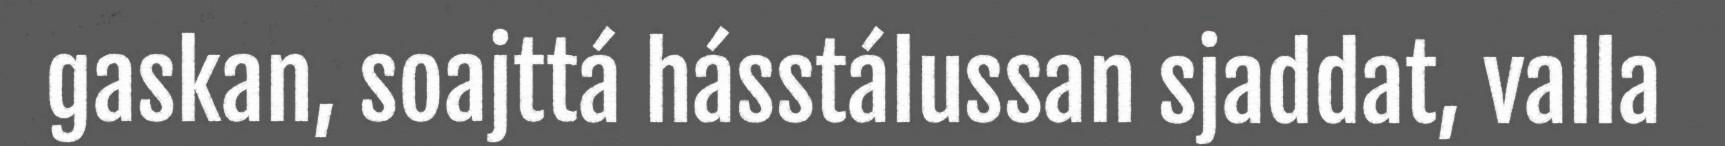
gaskan, soajttá hásstálussan sjaddat, valla